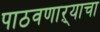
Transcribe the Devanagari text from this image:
पाठवणाऱ्याचा